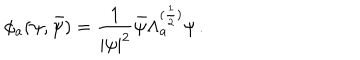
\phi _ { a } ( \psi , \bar { \psi } ) = \frac { 1 } { | \psi | ^ { 2 } } \bar { \psi } \Lambda _ { a } ^ { ( \frac { 1 } { 2 } ) } \psi \, .